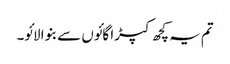
تم یہ کچھ کپڑا گائوں سے بنوا لائو۔